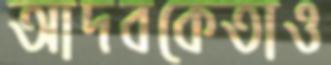
আদবকেতাও